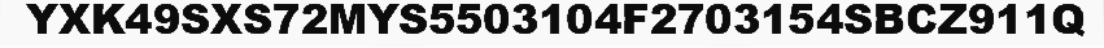
YXK49SXS72MYS5503104F2703154SBCZ911Q